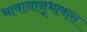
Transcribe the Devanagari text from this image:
भावानानूभावास